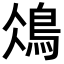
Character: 𩿕